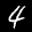
Label: 4